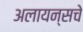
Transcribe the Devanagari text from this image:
अलायन्सचे